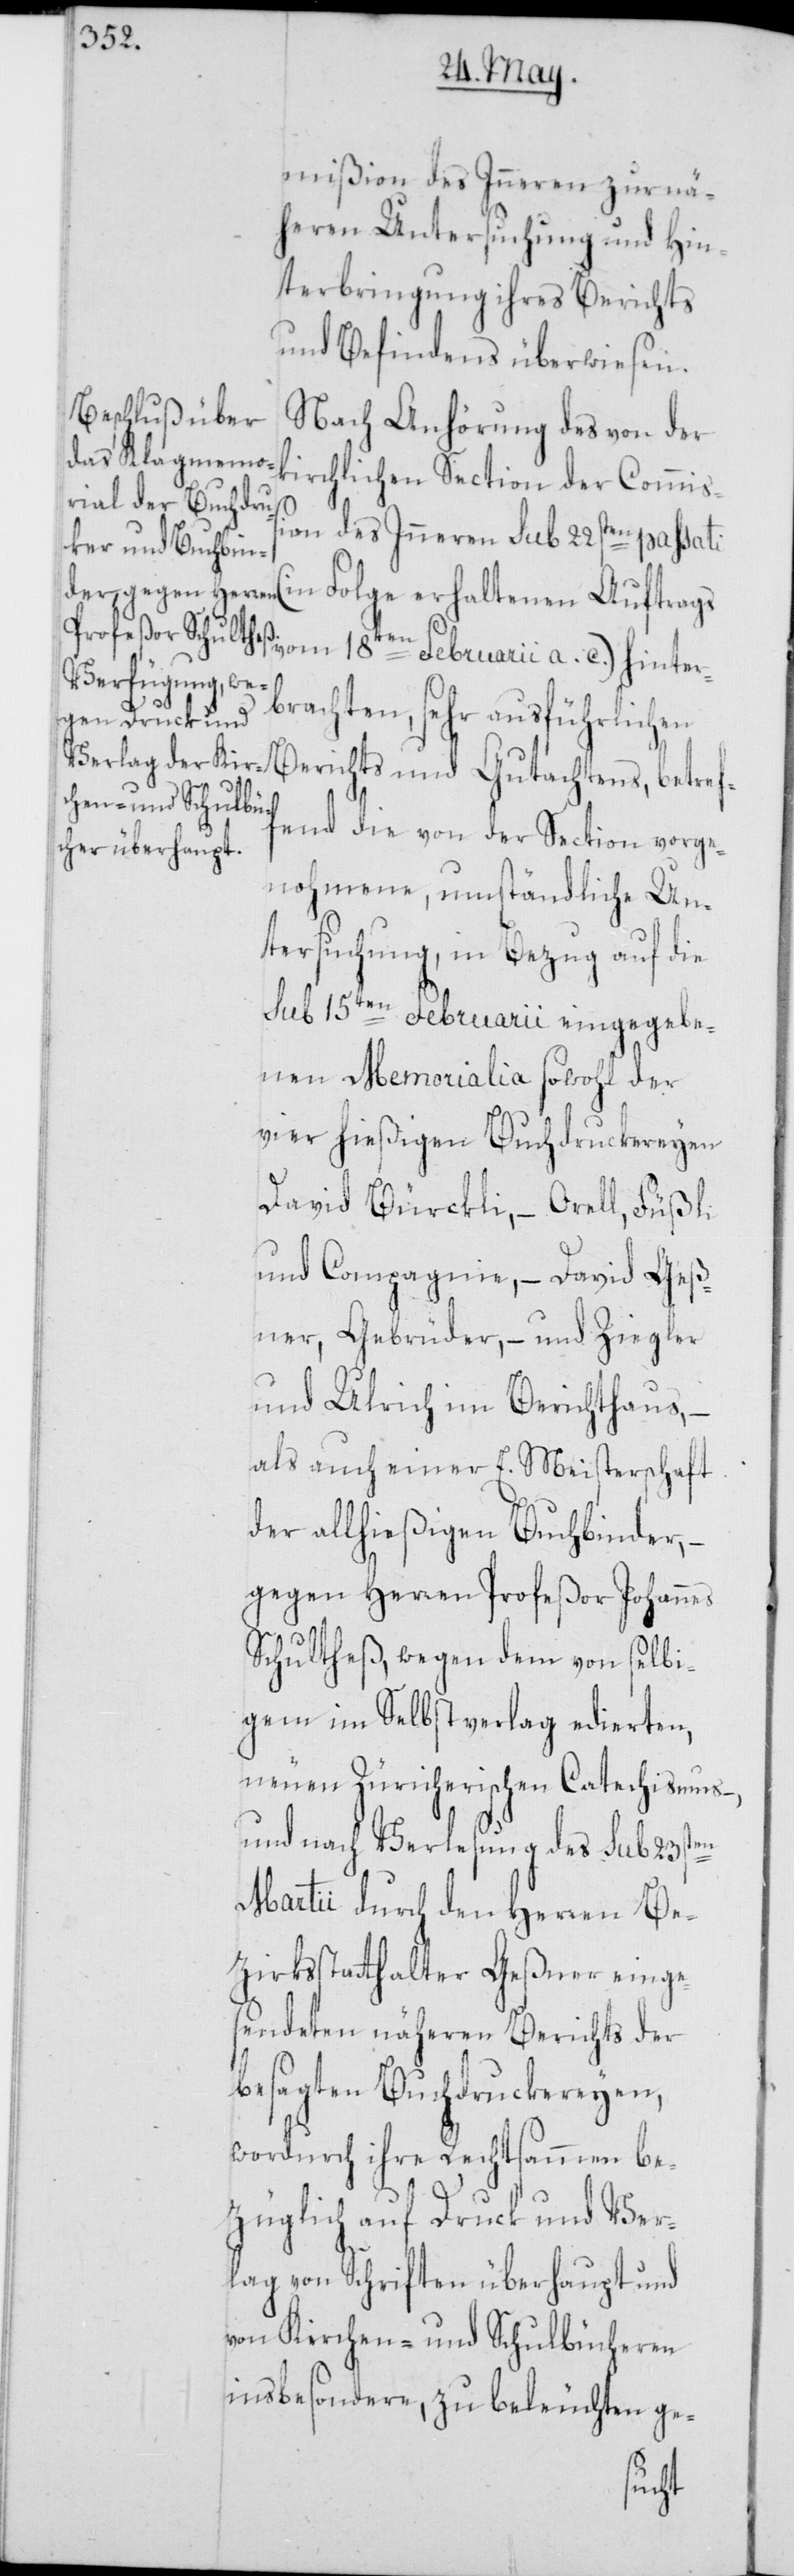
m]mißion des Inneren zur nä¬
heren Untersuchung und Hin¬
terbringung ihres Berichts
und Befindens überwiesen.
Nach Anhörung des von der
kirchlichen Section der Commiß¬
er¬
ion des Inneren sub 22sten passati
n Folge erhaltenen Auftrags
brachten, sehr ausführlichen
Berichts und Gutachtens, betref¬
fend die von der Section vorge¬
nohmene, umständliche Un¬
tersuchung, in Bezug auf die
sub 15ten Februarii eingegebe¬
nen Memorialia sowohl der
vier hießigen Buchdruckereyen
David Bürckli, – Orell, Füßli
und Compagnie, – David Geß¬
ner, Gebrüder, – und Ziegler
und Ulrich im Berichthaus, –
als auch einer E. Meisterschaft
der allhießigen Buchbinder,
gegen Herren Profeßor Johannes
Schultheß, wegen dem von selbi¬
gem im Selbstverlag edierten
neuen Züricherischen Catechismus
und nach Verlesung des sub 23sten
Martii durch den Herren Be¬
zirksstatthalter Geßner einge¬
sendeten näheren Berichts der
besagten Buchdruckereyen,
wodurch ihre Rechtsammen be¬
züglich auf Druck und Ver¬
lag von Schriften überhaupt und
von Kirchen- und Schulbücheren
insbesondere, zu beleuchten ge-